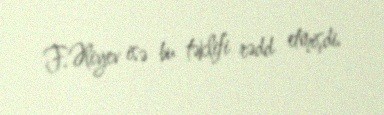
F.Əliyev isə bu təklifi rədd etmişdi.